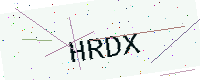
Text: HRDX